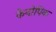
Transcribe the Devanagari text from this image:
केनोपिक